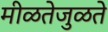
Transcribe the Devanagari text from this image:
मीळतेजुळते